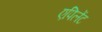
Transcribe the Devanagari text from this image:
एपिलेंट